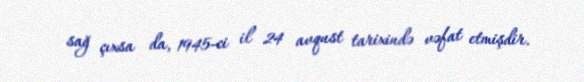
sağ çıxsa da, 1945-ci il 24 avqust tarixində vəfat etmişdir.